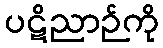
ပဋိညာဉ်ကို